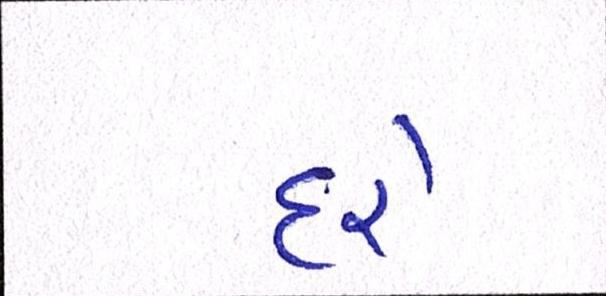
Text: દરે